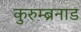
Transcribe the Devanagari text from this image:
कुरुम्ब्रनाड